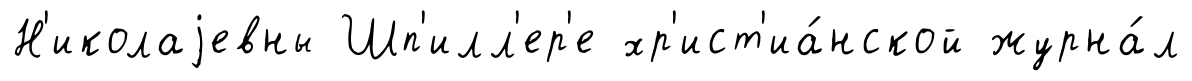
Н'иколаjевны Шп'илл'ер'е хр'ист'иа́нской журна́л